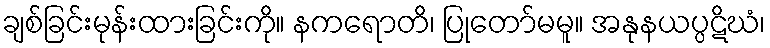
ချစ်ခြင်းမုန်းထားခြင်းကို။ နကရောတိ၊ ပြုတော်မမူ။ အနုနယပ္ပဋိဃံ၊